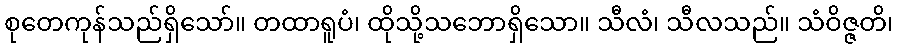
စုတေကုန်သည်ရှိသော်။ တထာရူပံ၊ ထိုသို့သဘောရှိသော။ သီလံ၊ သီလသည်။ သံဝိဇ္ဇတိ၊